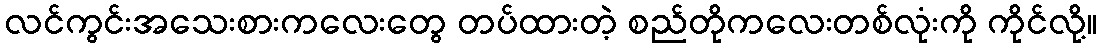
လင်ကွင်းအသေးစားကလေးတွေ တပ်ထားတဲ့ စည်တိုကလေးတစ်လုံးကို ကိုင်လို့။